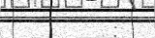
: